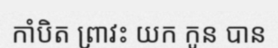
កាំបិត ព្រាវះ យក កូន បាន